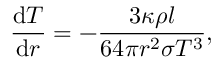
{ \frac { { \mathrm { d } } T } { { \mathrm { d } } r } } = - { \frac { 3 \kappa \rho l } { 6 4 \pi r ^ { 2 } \sigma T ^ { 3 } } } ,